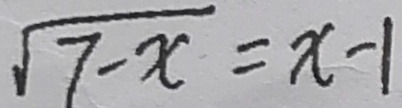
\sqrt { 7 - x } = x - 1